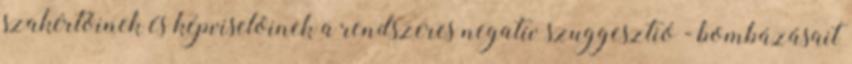
szakértõinek és képviselõinek a rendszeres negatív szuggesztió - bombázásait